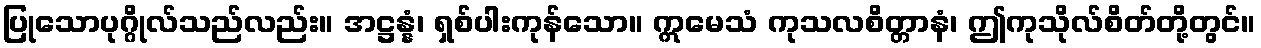
ပြုသောပုဂ္ဂိုလ်သည်လည်း။ အဋ္ဌန္နံ၊ ရှစ်ပါးကုန်သော။ ဣမေသံ ကုသလစိတ္တာနံ၊ ဤကုသိုလ်စိတ်တို့တွင်။